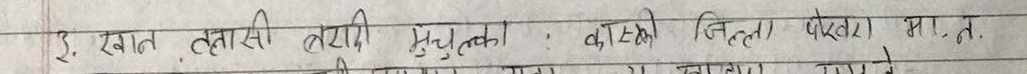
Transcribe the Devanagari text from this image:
३. खान तलासी तयारी मुचुल्का : काट्टो जिल्ला फेटेरा मा,न.